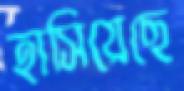
হাসিয়েছে